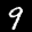
Label: 9